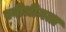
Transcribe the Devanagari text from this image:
स्वीधीनता